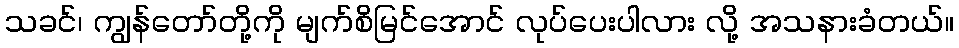
သခင်၊ ကျွန်တော်တို့ကို မျက်စိမြင်အောင် လုပ်ပေးပါလား လို့ အသနားခံတယ်။